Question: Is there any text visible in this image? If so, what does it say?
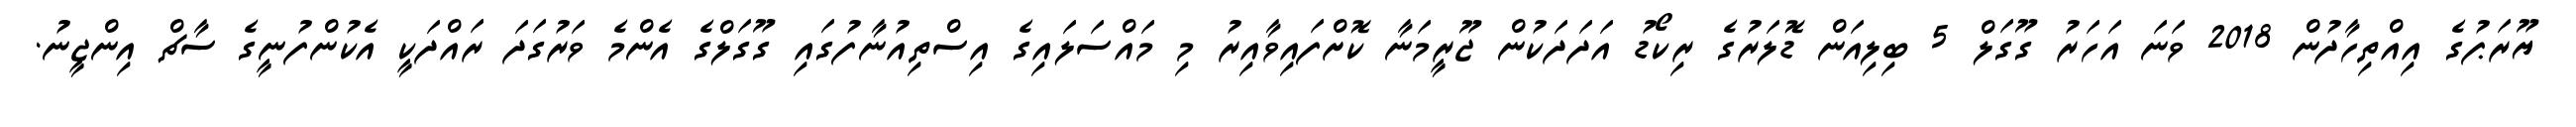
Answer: ޔޫރަޕުގެ އިއްތިހާދުން 2018 ވަނަ އަހަރު ގޫގަލް 5 ބިލިއަން ޑޮލަރުގެ ރިކޯޑު އަދަދަކުން ޖޫރީމަނާ ކޮށްފައިވާއިރު މި މައްސަލައިގެ އިސްތިއުނާފުގައި ގޫގަލްގެ އެންމެ ވަރުގަދަ ރައްދަކީ އެކުންފުނީގެ ސާޗް އިންޖީނު.